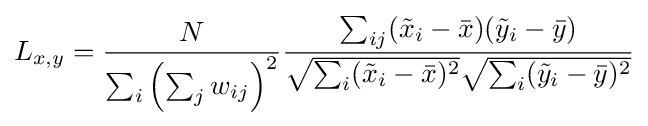
L_{x,y}={\frac {N}{\sum _{i}\left(\sum _{j}w_{ij}\right)^{2}}}{\frac {\sum _{ij}({\tilde {x}}_{i}-{\bar {x}})({\tilde {y}}_{i}-{\bar {y}})}{{\sqrt {\sum _{i}({\tilde {x}}_{i}-{\bar {x}})^{2}}}{\sqrt {\sum _{i}({\tilde {y}}_{i}-{\bar {y}})^{2}}}}}